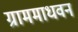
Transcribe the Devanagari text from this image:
ग्राममाधवन